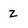
Character: z